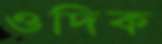
ওদিক